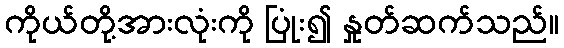
ကိုယ်တို့အားလုံးကို ပြုံး၍ နှုတ်ဆက်သည်။